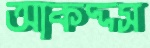
আকদ্দস